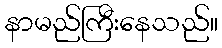
နာမည်ကြီးနေသည်။